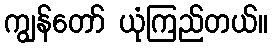
ကျွန်တော် ယုံကြည်တယ်။